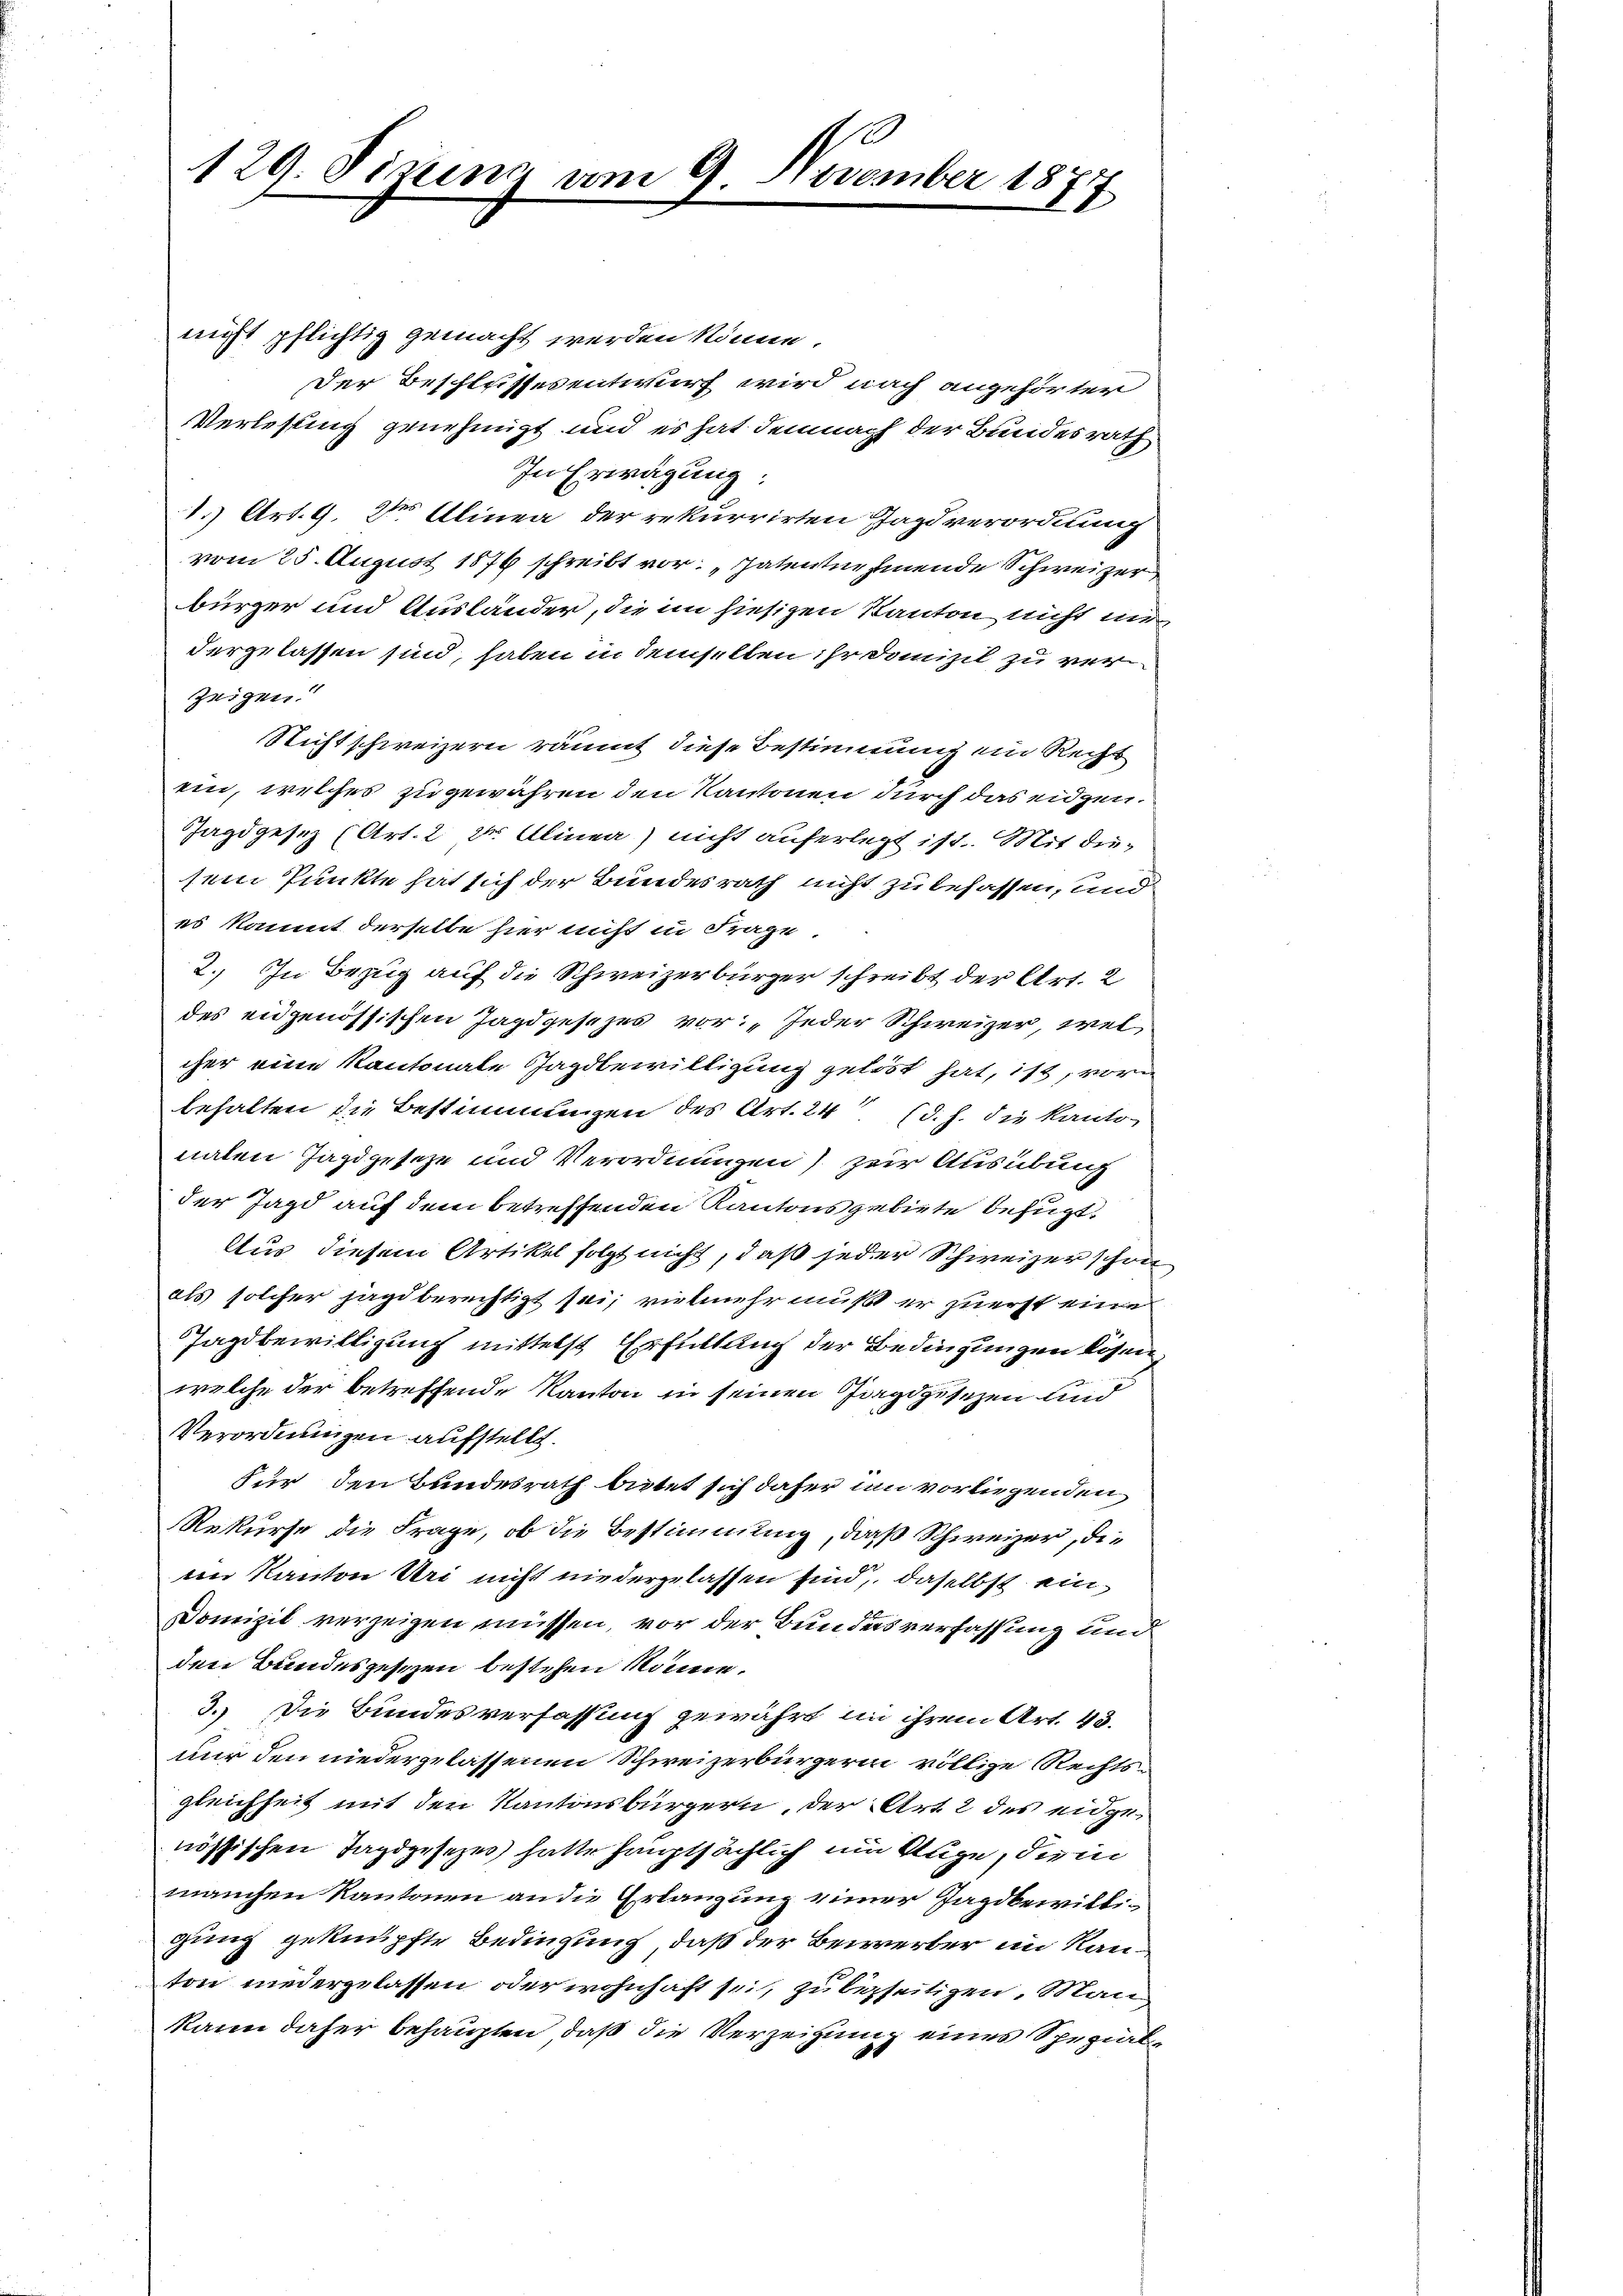
129. Sizung am 9. November 1877

nicht pflichtig gemacht werden könne.
Der Beschlussesentwurf wird nach angehörter
Verlesung genehmigt und es hat demnach der Bundesrath
In Erwägung:
1.) Art. 9. Dr Alinea der rekurrirten Tagsverordnung
vom 25. August 1876 schreibt vor: „Patentnehmende Schweizer
bürger und Ausländer, die im hiesigen Kanton nicht ni
dergelassen sind, haben in demselben ihr Domizil zu verzeigen
Nicht schweizern räumt diese Bestimmung ein Recht
ein, welches zugewähren den Kantonen durch das eidgen.
Jagdgesez (Art. 2 der Alinea nicht auferlegt ist. Mit diesem Punkte hat sich der Bundesrath nicht zu befassen, und
es kommt derselbe hier nicht in Frage
2. In Bezug auf die Schweizerbürger schreibt der Art. 2
des eidgenössischen Jagdgesezes vor: „Jeder Schweizer, wel
cher eine Kantonale Jagdbewilligung gelöst hat, ist, vora
behalten die Bestimmungen des Art. 24 (d. h. die Kanto-
naten Jagdgeseze und Verordnungen) zur Ausübung
der Jagd auf dem betreffenden Kantonsgebiete befügt:
Aus diesem Artikel folgt nicht, daß jeder Schweizer schon
als solcher jagd berechtigt sei, vielmehr mußt er zuerst eine
Jagdbewilligung mittelst Erfüllung der Bedingungen lösen.
welche der betreffende Kanton in seinen Jagdgesezen und
Verordnungen aufstellt.
Für den Bundesrath beitet sich daher im vorliegenden
Rekurse die Frage, ob die Bestimmung, daß Schweizer, die
im Kanton Uri nicht niedergelassen sind, daselbst ein¬
Domizil verzeigen müssen, vor der Bundesverfassung und
den Bundesgesezen bestehen könne.
3.) Die Bundesverfassung gewährt in ihrem Art. 43.
nur den niedergelassenen Schweizerbürgerin völlige Rechtsgleichheit mit den Kantonsbürgern, der Art. 2 des eidgenössischen Tagdgesezes hatte hauptsächlich um Auge, die in
manchen Kantonen an die Erlangung einer Jagdbewilligung geknüpfte Bedingung, daß der Bewerber im Kanton niedergelassen oder wohnhaft sei, zu beseitigen, Man
kann daher behaupten, daß die Verzeitung eines Spezial¬